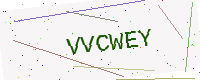
Text: VVCWEY